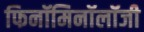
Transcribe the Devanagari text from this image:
फिनॉमिनॉलॉजी